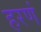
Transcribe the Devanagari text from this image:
हरणं